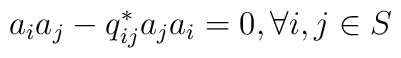
a_{i}a_{j} - q_{ij}^{*}a_{j}a_{i} = 0     , \forall i,j \in S